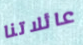
عائلاتنا